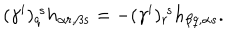
( \gamma ^ { i } ) _ { q } ^ { ~ s } h _ { \alpha r , \beta s } = - ( \gamma ^ { i } ) _ { r } ^ { ~ s } h _ { \beta q , \alpha s } .